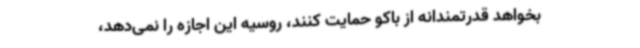
بخواهد قدرتمندانه از باکو حمایت کنند، روسیه این اجازه را نمی‌دهد،